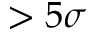
> 5 \sigma